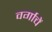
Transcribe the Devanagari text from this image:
वर्गाचें